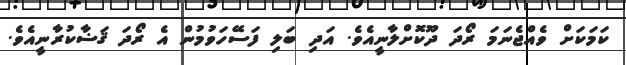
ކަމަކަށް ވެއްޖެނަމަ ރޯދަ ދޫކޮށްލާނީއެވެ. އަދި ބަލި ފަސޭހަވުމުން އެ ރޯދަ ޤަޟާކުރާނީއެވެ.